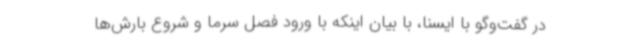
در گفت‌وگو با ایسنا، با بیان اینکه با ورود فصل سرما و شروع بارش‌ها